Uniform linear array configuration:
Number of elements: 64
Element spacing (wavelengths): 0.5
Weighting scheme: uniform
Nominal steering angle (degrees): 60
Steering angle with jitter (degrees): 60.321
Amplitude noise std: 0.05
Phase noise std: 0.05

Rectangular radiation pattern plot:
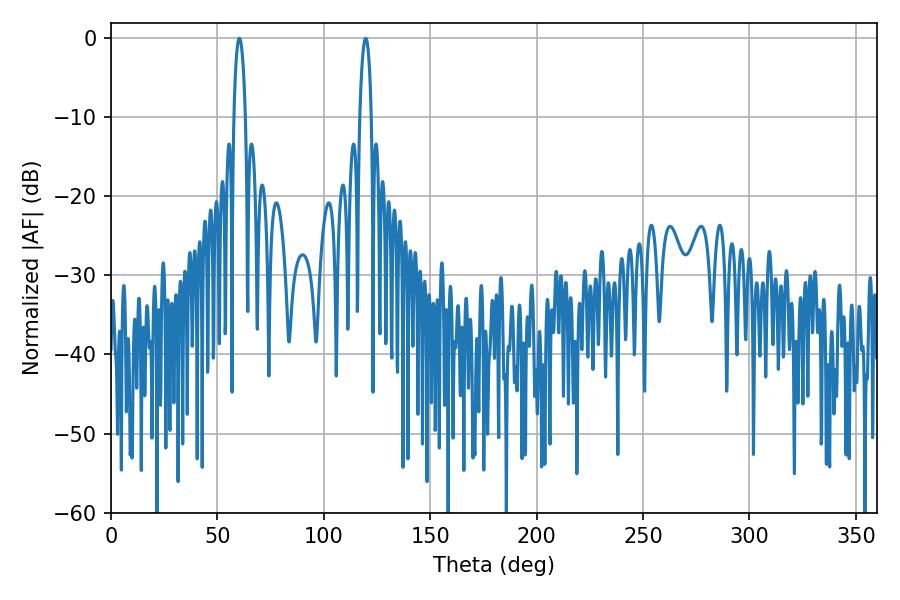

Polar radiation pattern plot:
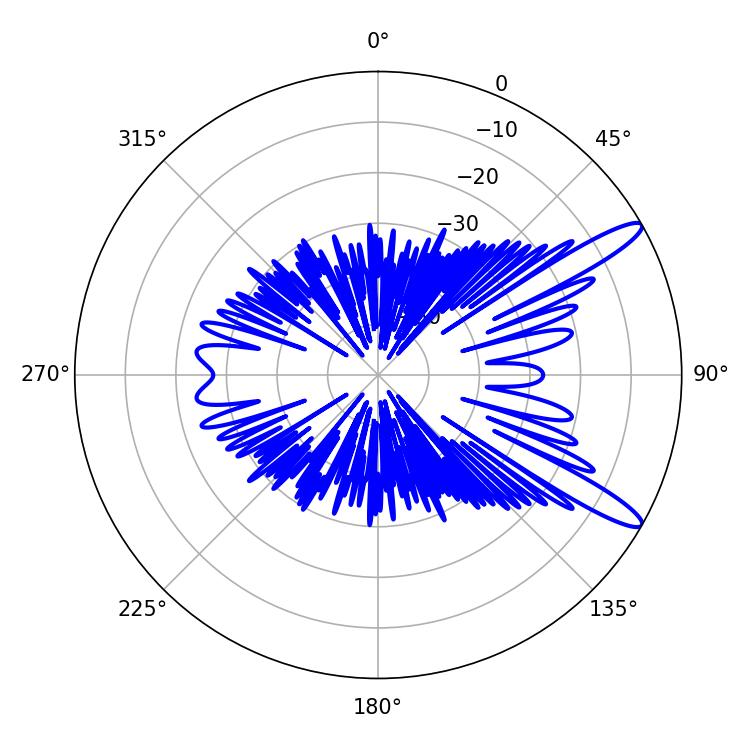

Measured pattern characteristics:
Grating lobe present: FALSE
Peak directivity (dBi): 12.723
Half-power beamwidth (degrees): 3.06
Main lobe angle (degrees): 60.3